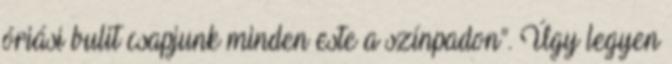
óriási bulit csapjunk minden este a színpadon”. Úgy legyen